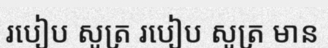
របៀប សូត្រ របៀប សូត្រ មាន